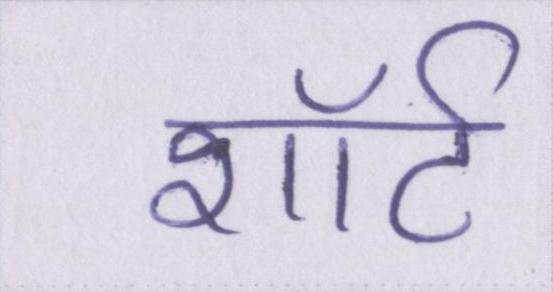
शॉर्ट